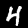
Digit: 4